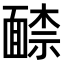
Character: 𩈶